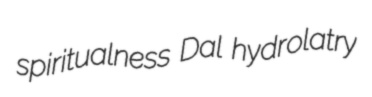
spiritualness Dal hydrolatry